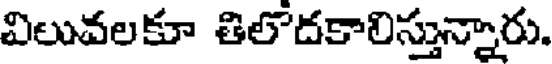
విలువలకూ తిలోదకాలిస్తున్నారు.